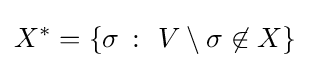
X^{*}=\{\sigma \ \colon \ V\setminus \sigma \not \in X\}